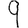
Digit: 9